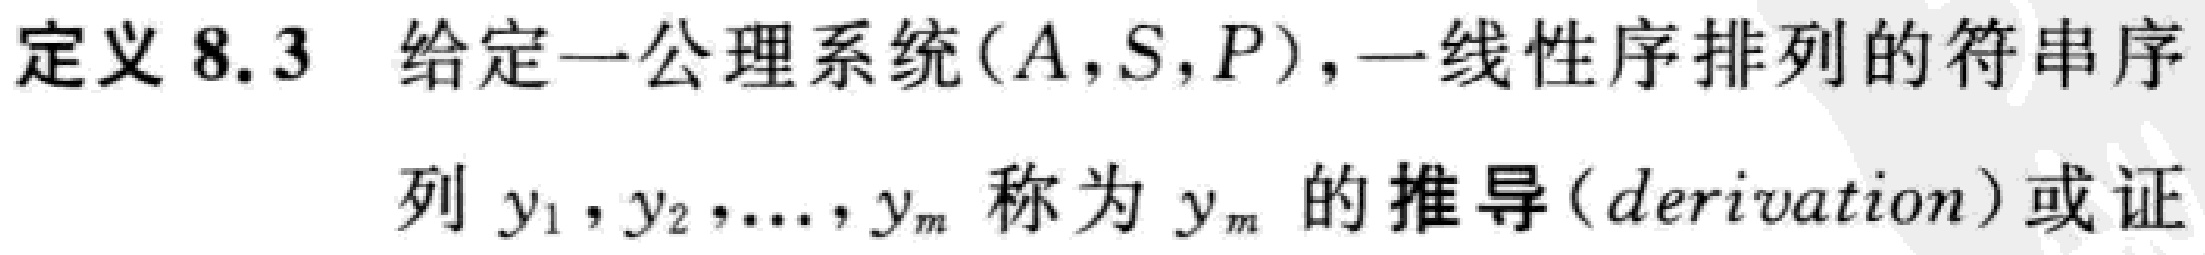
定义 8.3 给定一公理系统$(A,S,P)$，一线性序排列的符串序列$y_1,y_2,\ldots,y_m$称为$y_m$的推导（derivation）或证